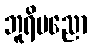
ဘူရိပညော